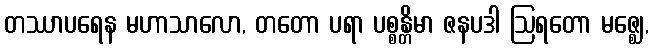
တဿာပရေန မဟာသာလော, တတော ပရာ ပစ္စန္တိမာ ဇနပဒါ ဩရတော မဇ္ဈေ,